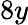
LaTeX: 8y